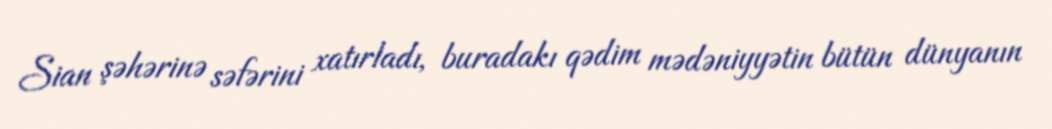
Sian şəhərinə səfərini xatırladı, buradakı qədim mədəniyyətin bütün dünyanın